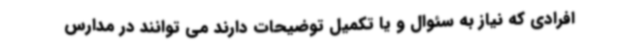
افرادی که نیاز به سئوال و یا تکمیل توضیحات دارند می توانند در مدارس